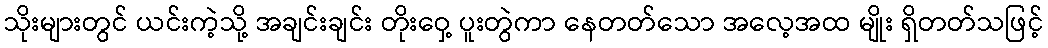
သိုးများတွင် ယင်းကဲ့သို့ အချင်းချင်း တိုးဝှေ့ ပူးတွဲကာ နေတတ်သော အလေ့အထ မျိုး ရှိတတ်သဖြင့်